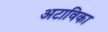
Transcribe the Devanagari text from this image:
अटाविका